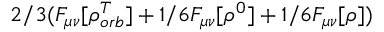
2 / 3 ( F _ { \mu \nu } [ \rho _ { o r b } ^ { T } ] + 1 / 6 F _ { \mu \nu } [ \rho ^ { 0 } ] + 1 / 6 F _ { \mu \nu } [ \rho ] )